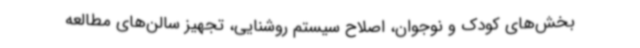
بخش‌های کودک و نوجوان، اصلاح سیستم روشنایی، تجهیز سالن‌های مطالعه